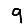
Digit: 9